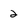
Character: 2